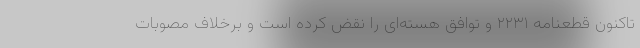
تاکنون قطعنامه ۲۲۳۱ و توافق هسته‌ای را نقض کرده است و برخلاف مصوبات